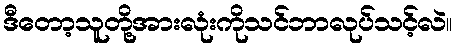
ဒီတော့သူတို့အားလုံးကိုသင်ဘာလုပ်သင့်လဲ။